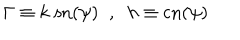
LaTeX: \Gamma \equiv k \; \mathrm { s n } ( \psi ) \; \; , \; \; h \equiv \mathrm { c n } ( \psi )